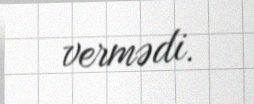
vermədi.